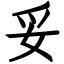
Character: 妥